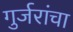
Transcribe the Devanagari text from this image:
गुर्जरांचा